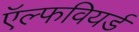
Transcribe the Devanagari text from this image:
ऍल्फवियर्ड